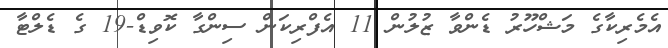
އެމެރިކާގެ މަޝްހޫރު ޑެންވާ ޒުލުން 11 އެފްރިކަން ސިންގާ ކޮވިޑް-19 ގެ ޑެލްޓާ